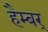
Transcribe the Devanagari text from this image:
हैम्बर्